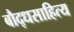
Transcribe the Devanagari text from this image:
बौद्धसाहित्य